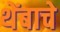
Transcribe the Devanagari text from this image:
थेंबाचे